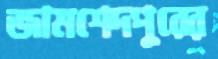
জামশেদপুরের